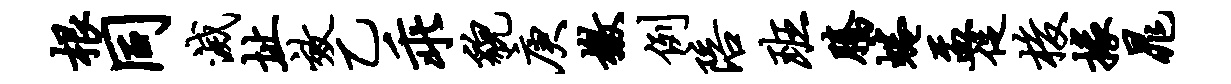
根同灭址效乙乖貌庚檄例陪班腾蜷盂促梭掾晁